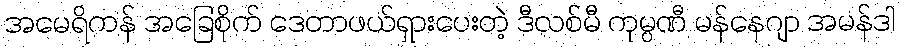
အမေရိကန် အခြေစိုက် ဒေတာဖယ်ရှားပေးတဲ့ ဒီလစ်မီ ကုမ္ပဏီ မန်နေဂျာ အမန်ဒါ